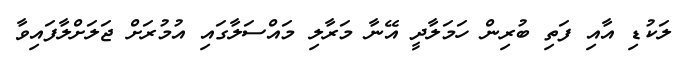
ލަކުޑި އާއި ފަތި ބުރިން ހަމަލާދީ އޭނާ މަރާލި މައްސަލާގައި އުމުރަށް ޖަލަށްލާފައިވާ